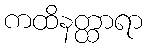
ကထိနတ္ထာရာ